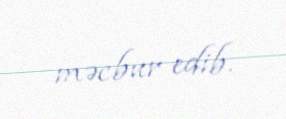
məcbur edib.